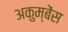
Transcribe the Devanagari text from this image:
अकुम्बेंस